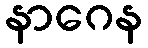
နာဂေန